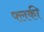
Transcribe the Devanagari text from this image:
फ्लकी